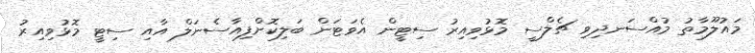
މައުލޫމާތު މުއްސަނދިވި ޗެލްސީ މޮޅުވިއިރު ސިޓީން އެވަޓަން ބަލިކޮށްފިއާސެނަލް އާއި ސިޓީ މޮޅުވިއިރު